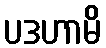
ပဒဟာမိ